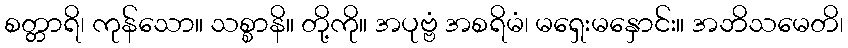
စတ္တာရိ၊ ကုန်သော။ သစ္စာနိ။ တို့ကို။ အပုဗ္ဗံ အစရိမံ၊ မရှေးမနှောင်း။ အဘိသမေတိ၊